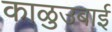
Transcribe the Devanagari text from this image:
काळुउबाई